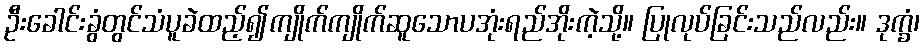
ဦးခေါင်းခွံတွင်သံပူခဲထည့်၍ကျိုက်ကျိုက်ဆူသောပအုံးရည်အိုးကဲ့သို့။ ပြုလုပ်ခြင်းသည်လည်း။ ဒုက္ခံ၊